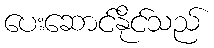
ပေးဆောင်နိုင်သည်